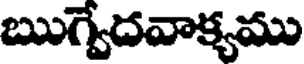
ఋగ్వేదవాక్యము